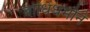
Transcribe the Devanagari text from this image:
बोधिधर्माने